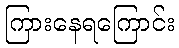
ကြားနေရကြောင်း